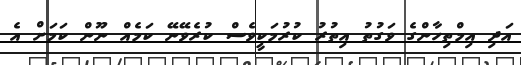
އަދި އިމްތިހާންގެ ވަގުތު އިތުރު ކުރުމަކީވެސް ކުރެވޭނޭ ކަމެއް ނޫން ކަމަށް އެ